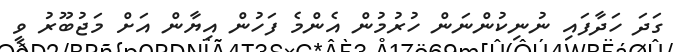
ގަދަ ހަދާފައި ނުނިކުންނަން ހުރުމުން އެންމެ ފަހުން އިޔާން އަށް މަޖުބޫރު ވީ